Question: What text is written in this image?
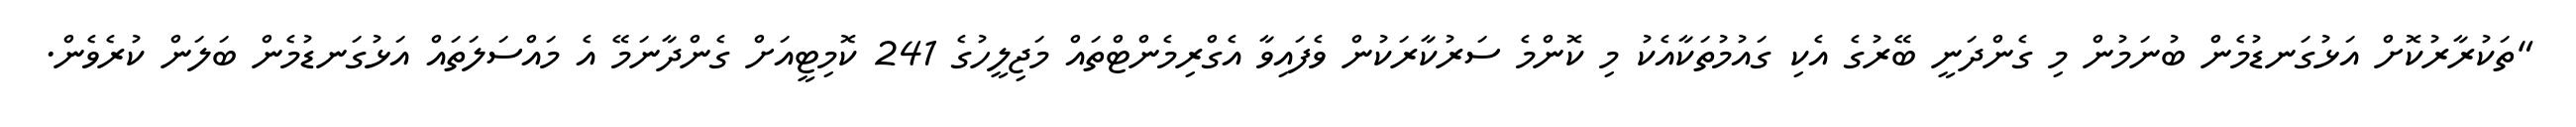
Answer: "ތަކުރާރުކޮށް އަޅުގަނޑުމެން ބުނަމުން މި ގެންދަނީ ބޭރުގެ އެކި ގައުމުތަކާއެކު މި ކޮންމެ ސަރުކާރަކުން ވެފައިވާ އެގްރިމެންޓްތައް މަޖިލީހުގެ 241 ކޮމިޓީއަށް ގެންދާނަމޭ އެ މައްސަލަތައް އަޅުގަނޑުމެން ބަލަން ކުރެވެން.